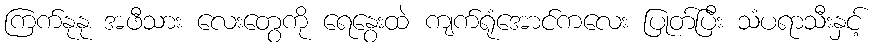
ကြက်နုနု အဖီသား လေးတွေကို ရေနွေးထဲ ကျက်ရုံအောင်ကလေး ပြုတ်ပြီး သံပရာသီးနှင့်